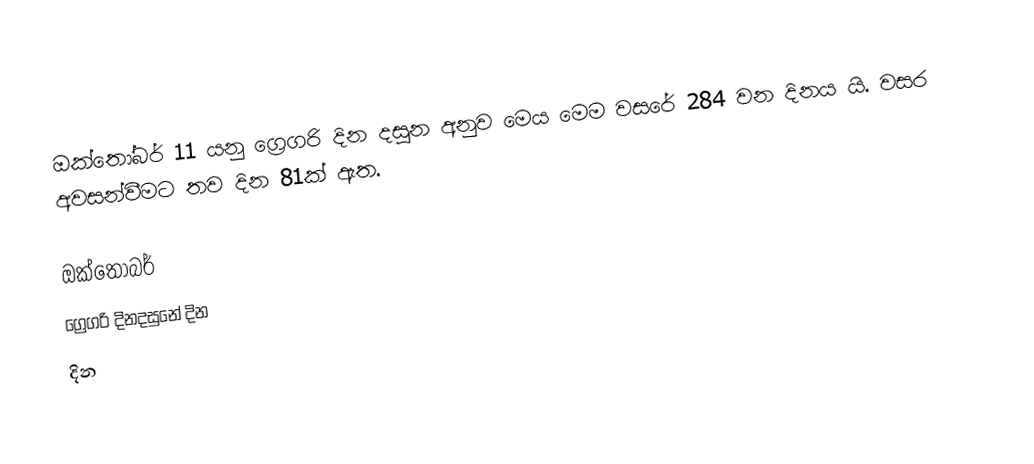
ඔක්තෝබර් 11 යනු ග්‍රෙගරි දින දසුන අනුව මෙය මෙම වසරේ 284 වන දිනය යි. වසර අවසන්වීමට තව දින 81ක් ඇත.

ඔක්තෝබර්
ග්‍රෙගරි දිනදසුනේ දින
දින